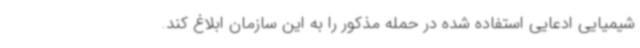
شیمیایی ادعایی استفاده شده در حمله مذکور را به این سازمان ابلاغ کند.